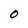
Character: O